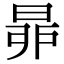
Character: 𣆻